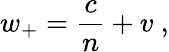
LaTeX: w_{+}={\frac{c}{n}}+v\ ,